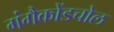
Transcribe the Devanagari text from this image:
गंगैकोंडचोल